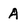
Character: A